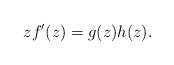
LaTeX: \begin{align*}z f'(z) = g(z)h(z).\end{align*}